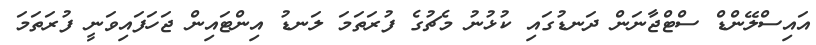
އައިސްލޭންޑް ސްޓްޖާނަން ދަނޑުގައި ކުޅުނު މެޗުގެ ފުރަތަމަ ލަނޑު އިންޓައިން ޖަހަފައިވަނީ ފުރަތަމަ